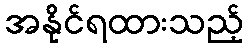
အနိုင်ရထားသည့်